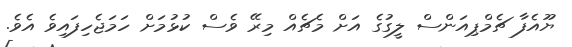
ޔޫއެފާ ޗެމްޕިއަންސް ލީގުގެ އަށް މެޗެއް މިރޭ ވެސް ކުޅުމަށް ހަމަޖެހިފައިވެ އެވެ.